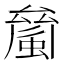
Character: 𧏝